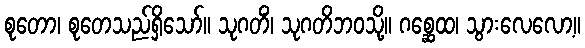
စုတော၊ စုတေသည်ရှိသော်။ သုဂတိံ၊ သုဂတိဘဝသို့။ ဂစ္ဆေထ၊ သွားလေလော့။